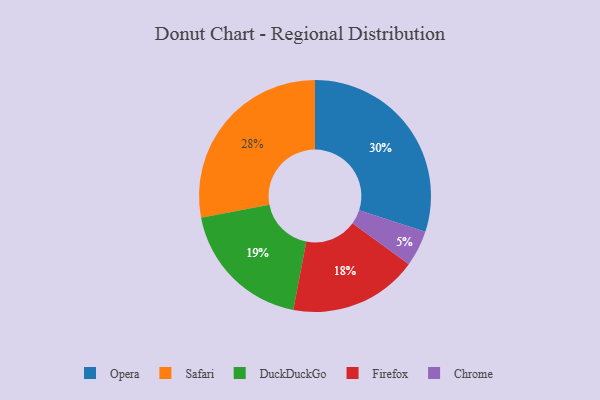
{"axis": {"x": "Category", "y": "Percentage"}, "legend": ["Chrome", "DuckDuckGo", "Firefox", "Opera", "Safari"], "data": [{"x": "Opera", "y": 30, "type": "Opera"}, {"x": "Chrome", "y": 5, "type": "Chrome"}, {"x": "Firefox", "y": 18, "type": "Firefox"}, {"x": "DuckDuckGo", "y": 19, "type": "DuckDuckGo"}, {"x": "Safari", "y": 28, "type": "Safari"}]}